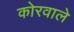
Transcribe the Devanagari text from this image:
कोरवाले